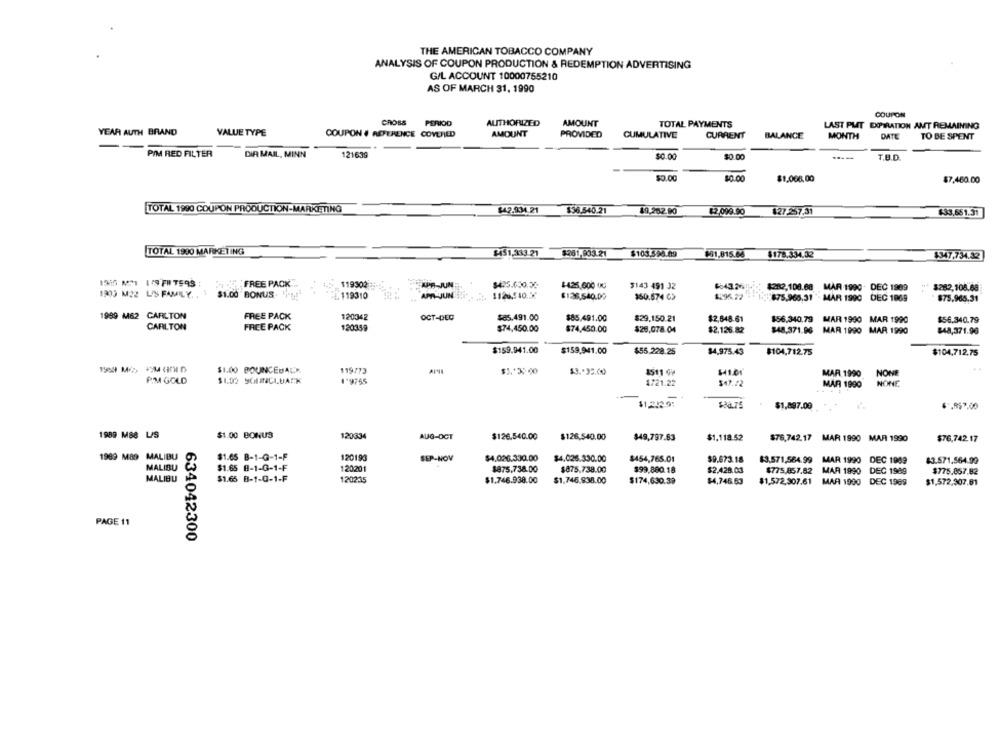
THE AMERICAN TOBACCO COMPANY
ANALYSIS OF COUPON PRODUCTION & REDEMPTION ADVERTISING
G/L ACCOUNT 10000755210
AS OF MARCH 31, 1990
COUPON
CROSS PERIOD
AUTHORIZED
AMOUNT
TOTAL PAYMENTS
LAST PMT EXPIRATION AMT REMAINING
YEAR AUTH BRAND
VALUE TYPE
COUPON # REFERENCE COVERED
AMOUNT
PROVIDED
CUMULATIVE
CURRENT
BALANCE
MONTH
DATE
TO BE SPENT
PIM RED FILTER
DIR MAIL, MINN
121639
$0.00
$0.00
-----
T.B.D.
$0.00
$0.00
$1,008,00
$7,460.00
TOTAL 1990 COUPON PRODUCTION-MARKETING
$42.934.21
$36.540.21
49.28.2.90
82,099.90
$33,651.31
827-257.31
TOTAL 1990 MARKETING
2451,333.21
$281,933.21
$105.398.09
$178.334.32
$347.734.32
FREE PACK
119302
AUF-JUN
$425.000.00
$-425,000 00
$143 491 32
$282,108.68 MAR 1990 - DEC 1989
: $282,108.68
1903 M22 L/S FAMILY. . $ $1.00 BONUS. "
119310
APA-JUN
1126,540.50
$126.540.00
$50.574 C>
1296.72
:875.965.31 "- MAR 1990 DEC 1869
$75.966.31
1999 M62 CARLTON
FREE PACK
120342
OCT-DEC
$25.491.00
$85,491.00
$29,150.21
$2,648.61
$56,340.79 MAR 1990 MAR 1990
$56.340.79
CARLTON
FREE PACK
120359
$74,450.00
$74,450.00
$28,078.04
$2.126.82
$48,371.96 MAR 1990 MAR 1990
$48,371.90
$159.941.00
$159,941.00
$55.228.25
$4,975.43
$104,712.75
$104,712,75
$1.00 BOUNCEBACK
119773
$3 .* 32.00
1511 G9
MAR 1990
NONE
P.M GOLD
1'9755
1721.22
$47.22
NONE
MAR 1990
$1,242.9:
$88.75
$1.897.09
1989 MB8 L/S
$1.00 BONUS
120334
AUG-OCT
$126.540.00
$126.540.00
$49,797.83
$1.118.52
$76,742.17 MAR 1990 MAR 1990
$76,742.17
1989 M89 MALIBU
$1.65 B-1-G-1-F
120193
SEP-NOV
$4.026.330.00
$4.026.330.00
$454,765.01
$9.673.18
83.571,584.99 MAR 1990 DEC 1989
83.571,564.99
MALIBU
$1.65 8-1-G-1-F
120201
$875.738.00
$875.738.00
$99,880.18
$2.428.03
$775.857.82 MAR 1990 DEC 1989
$775.857.82
MALIBU
$1.65 8-1-0-1-F
120235
$1.746.938.00
$1,746.938.00
$174,630.39
$4,746.63
$1.572,307.61 MAR 1900 DEC 1989
$1,572,307.61
PAGE 11
634042300